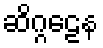
ဆိဂ္ဂဠေန